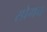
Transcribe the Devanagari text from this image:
स्प्रेगन